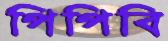
পিপিবি